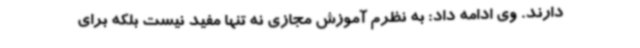
دارند. وی ادامه داد: به نظرم آموزش مجازی نه تنها مفید نیست بلکه برای